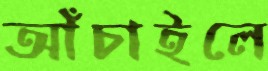
আঁচাইলে